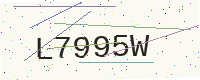
Text: L7995W